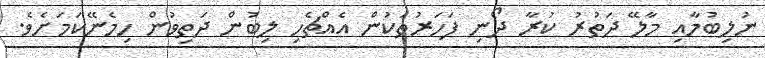
ނުލިބުމާއި މާލޭ ދަތުރު ކުރާ ދޯނި ފަހަރުތަކުން އެއްޗެހި ލިބުން ދަތިވުން ހިމެނޭކަމަށެވެ.